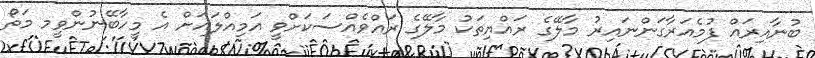
ބުނާއިރައް ފުމެއަރާގަންނައިރު މާލޭގެ ރައްޔިތަކު މާލޭގެ ރައްވެއްސަކަށްވީ އަމިއްލައަށް އެ މީހާބޭނުންވީމ މަތޯ